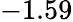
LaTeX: -1.59